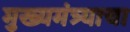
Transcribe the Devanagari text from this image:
मुख्यमंत्र्याचा